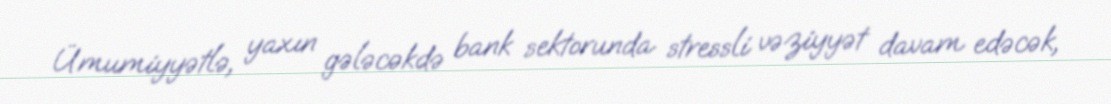
Ümumiyyətlə, yaxın gələcəkdə bank sektorunda stressli vəziyyət davam edəcək,